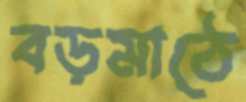
বড়মাঠে